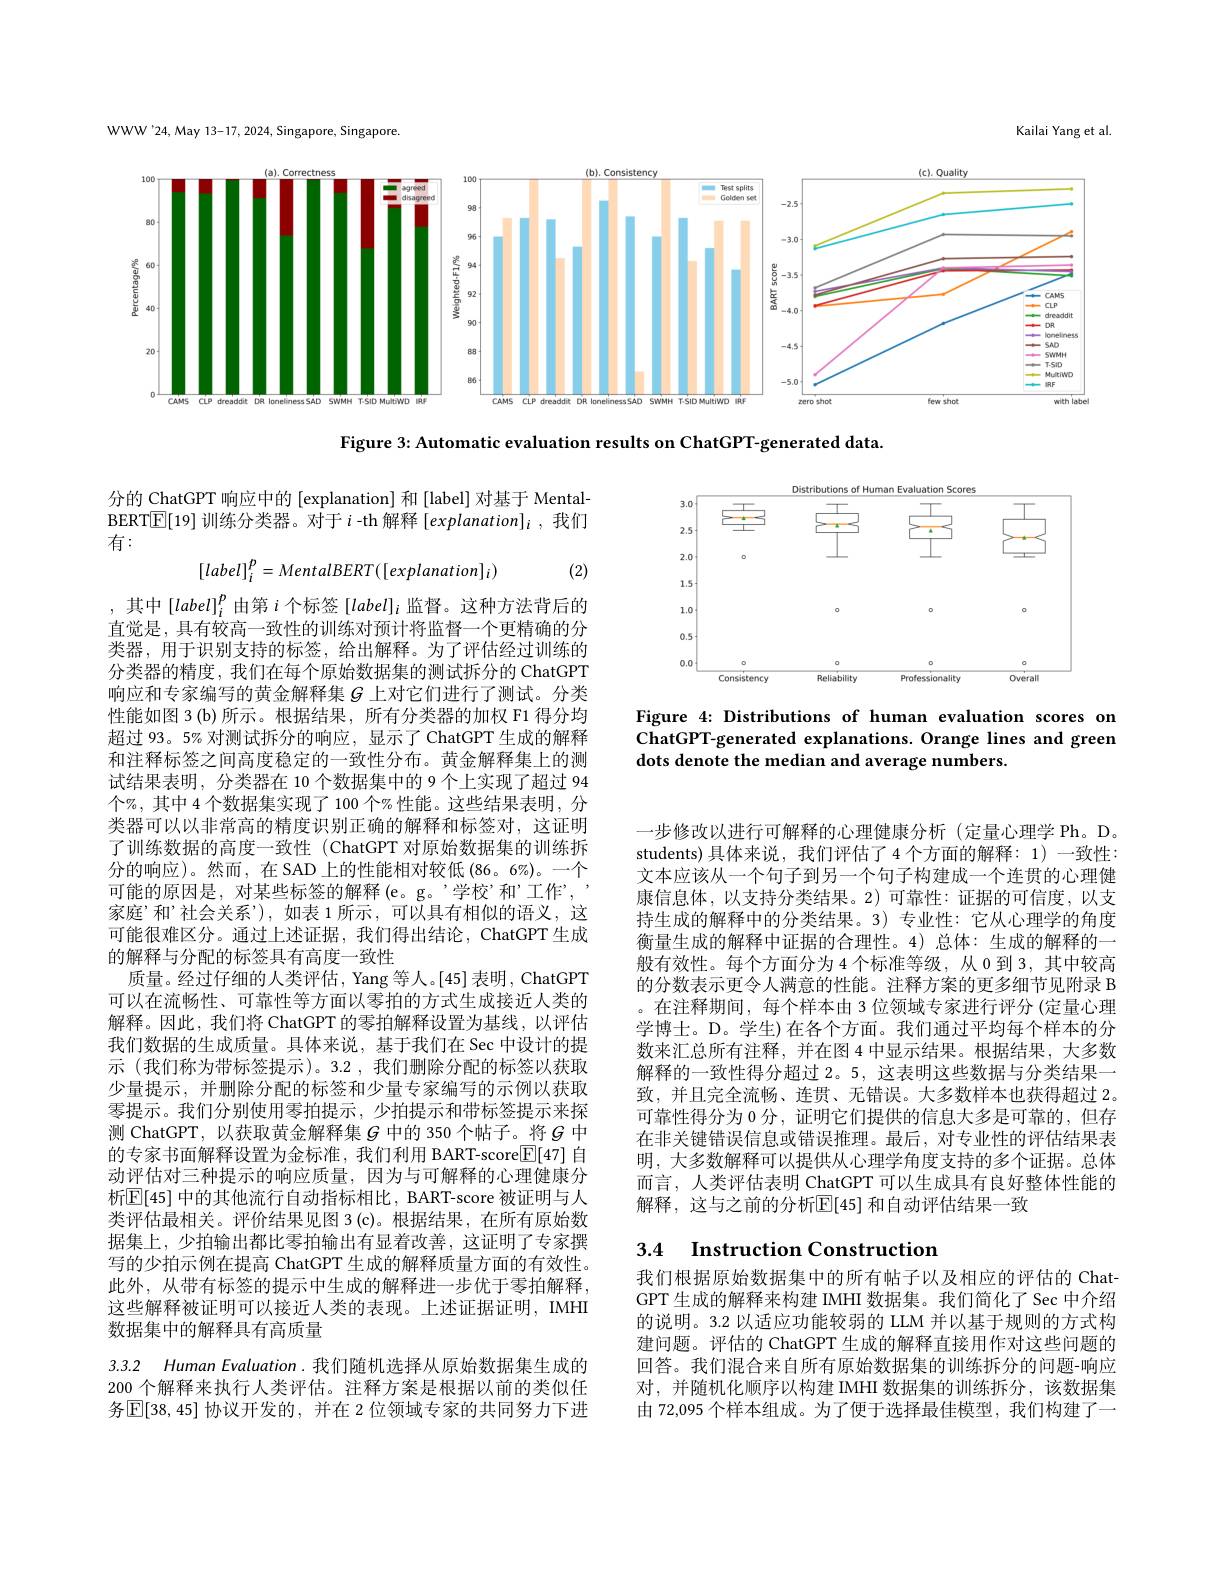
<FigureHere>

Figure 3: Automatic evaluation results on ChatGPT-generated data.

分的 ChatGPT 响应中的 [explanation] 和[label] 对基于 MentalBERT$\boxed{\mathbb{E}}[19]$训练分类器。对于$i$ -th 解释$[explanation]_i$,我们有：
$$[label]_i^p=MentalBERT([explanation]_i)$$
(2)

<FigureHere>

Figure 4: Distributions of human evaluation scores on ChatGPT-generated explanations. Orange lines and green dots denote the median and average numbers.

,其中$\left[label\right]_i^p$由第$i$个标签$\left[label\right]_i$监督。这种方法背后的直觉是，具有较高一致性的训练对预计将监督一个更精确的分类器，用于识别支持的标签，给出解释。为了评估经过训练的分类器的精度，我们在每个原始数据集的测试拆分的 ChatGPT 响应和专家编写的黄金解释集$G$上对它们进行了测试。分类性能如图 3 (b) 所示。根据结果，所有分类器的加权 F1 得分均超过 93。5% 对测试拆分的响应，显示了 ChatGPT 生成的解释和注释标签之间高度稳定的一致性分布。黄金解释集上的测试结果表明，分类器在 10 个数据集中的 9 个上实现了超过 94个%,其中 4 个数据集实现了 100 个% 性能。这些结果表明，分类器可以以非常高的精度识别正确的解释和标签对，这证明了训练数据的高度一致性 (ChatGPT 对原始数据集的训练拆分的响应)。然而，在 SAD 上的性能相对较低 (86。6%)。一个可能的原因是，对某些标签的解释(e。g。’学校”和’工作”, 家庭”和’社会关系”),如表 1 所示，可以具有相似的语义，这可能很难区分。通过上述证据，我们得出结论，ChatGPT 生成的解释与分配的标签具有高度一致性
质量。经过仔细的人类评估，Yang 等人。[45] 表明 , ChatGPT 可以在流畅性、可靠性等方面以零拍的方式生成接近人类的解释。因此，我们将 ChatGPT 的零拍解释设置为基线，以评估我们数据的生成质量。具体来说，基于我们在 Sec 中设计的提示 (我们称为带标签提示)。3.2 ,我们删除分配的标签以获取少量提示，并删除分配的标签和少量专家编写的示例以获取零提示。我们分别使用零拍提示，少拍提示和带标签提示来探测 ChatGPT, 以获取黄金解释集$G$中的 350 个帖子。将$g$中的专家书面解释设置为金标准，我们利用 BART-score$\boxed{\mathbb{E}}[47]$自动评估对三种提示的响应质量，因为与可解释的心理健康分析$\mathbb{E}[$45] 中的其他流行自动指标相比，BART-score 被证明与人类评估最相关。评价结果见图 3(c)。根据结果，在所有原始数据集上，少拍输出都比零拍输出有显着改善，这证明了专家撰写的少拍示例在提高 ChatGPT 生成的解释质量方面的有效性。此外，从带有标签的提示中生成的解释进一步优于零拍解释， 这些解释被证明可以接近人类的表现。上述证据证明，IMHI 数据集中的解释具有高质量

一步修改以进行可解释的心理健康分析(定量心理学 Ph。D。students)具体来说，我们评估了4 个方面的解释：1) 一致性： 文本应该从一个句子到另一个句子构建成一个连贯的心理健康信息体，以支持分类结果。2)可靠性：证据的可信度，以支持生成的解释中的分类结果。3) 专业性：它从心理学的角度衡量生成的解释中证据的合理性。4)总体：生成的解释的一般有效性。每个方面分为 4 个标准等级，从 0 到 3, 其中较高的分数表示更令人满意的性能。注释方案的更多细节见附录 B 。在注释期间，每个样本由 3 位领域专家进行评分 (定量心理学博士。D。学生)在各个方面。我们通过平均每个样本的分数来汇总所有注释，并在图 4 中显示结果。根据结果，大多数解释的一致性得分超过 2。5, 这表明这些数据与分类结果一致，并且完全流畅、连贯、无错误。大多数样本也获得超过 2。可靠性得分为 0 分 , 证明它们提供的信息大多是可靠的，但存在非关键错误信息或错误推理。最后，对专业性的评估结果表明，大多数解释可以提供从心理学角度支持的多个证据。总体而言，人类评估表明 ChatGPT 可以生成具有良好整体性能的解释，这与之前的分析$\mathbb{E}[45]$ 和自动评估结果一致

# 3.4 Instruction Construction

我们根据原始数据集中的所有帖子以及相应的评估的 ChatGPT 生成的解释来构建 IMHI 数据集。我们简化了 Sec 中介绍的说明。3.2 以适应功能较弱的 LLM 并以基于规则的方式构建问题。评估的 ChatGPT 生成的解释直接用作对这些问题的回答。我们混合来自所有原始数据集的训练拆分的问题-响应对，并随机化顺序以构建 IMHI 数据集的训练拆分，该数据集由 72,095 个样本组成。为了便于选择最佳模型，我们构建了一

3.3.2 Human Evaluation. 我们随机选择从原始数据集生成的200 个解释来执行人类评估。注释方案是根据以前的类似任务$\operatorname{E}[38,45]$ 协议开发的，并在 2 位领域专家的共同努力下进